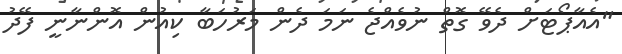
"އެއާޕޯޓަށް ދެވޭ ގޮތް ނުވެއްޖެ ނަމަ ދެން މަރުހަބާ ކިއުން އޮންނާނީ ފޭދު